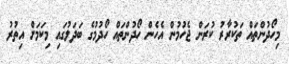
މިހޯދުންތައް ތަކުރާރު ކުރަން ޖެހުމުން އެހެން ހޯދުންތައް ހޯދުމުގެ ބަދަލުގައި މިކަމަށް އިތުރު